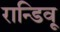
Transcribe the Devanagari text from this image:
रान्डिवू